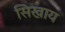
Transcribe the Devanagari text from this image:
सिखाय